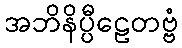
အဘိနိပ္ပီဠေတဗ္ဗံ